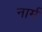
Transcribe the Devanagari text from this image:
नार्म